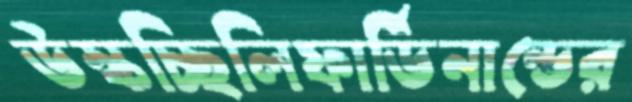
উস্‌কচ্ছিলিফার্ডিনান্ডের